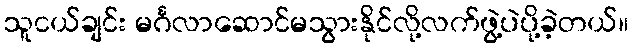
သူငယ်ချင်း မင်္ဂလာဆောင်မသွားနိုင်လို့လက်ဖွဲ့ပဲပို့ခဲ့တယ်။